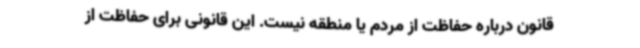
قانون درباره حفاظت از مردم یا منطقه نیست. این قانونی برای حفاظت از